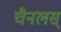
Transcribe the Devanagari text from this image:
चैनलस्